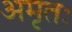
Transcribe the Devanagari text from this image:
अमृतः